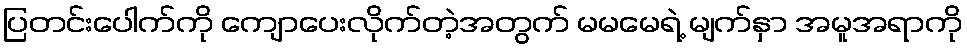
ပြတင်းပေါက်ကို ကျောပေးလိုက်တဲ့အတွက် မမမေရဲ့ မျက်နှာ အမူအရာကို